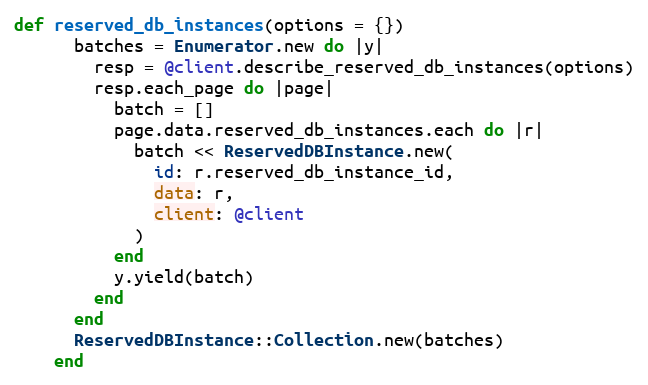
Language: Ruby
def reserved_db_instances(options = {})
      batches = Enumerator.new do |y|
        resp = @client.describe_reserved_db_instances(options)
        resp.each_page do |page|
          batch = []
          page.data.reserved_db_instances.each do |r|
            batch << ReservedDBInstance.new(
              id: r.reserved_db_instance_id,
              data: r,
              client: @client
            )
          end
          y.yield(batch)
        end
      end
      ReservedDBInstance::Collection.new(batches)
    end